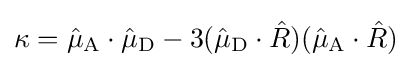
\kappa ={\hat {\mu }}_{\text{A}}\cdot {\hat {\mu }}_{\text{D}}-3({\hat {\mu }}_{\text{D}}\cdot {\hat {R}})({\hat {\mu }}_{\text{A}}\cdot {\hat {R}})